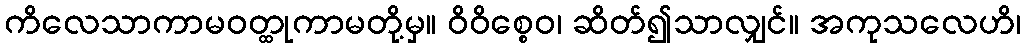
ကိလေသာကာမဝတ္ထုကာမတို့မှ။ ဝိဝိစ္စေဝ၊ ဆိတ်၍သာလျှင်။ အကုသလေဟိ၊